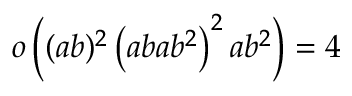
o \left( ( a b ) ^ { 2 } \left( a b a b ^ { 2 } \right) ^ { 2 } a b ^ { 2 } \right) = 4